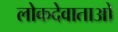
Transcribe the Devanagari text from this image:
लोकदेवाताओ